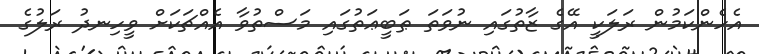
އެހެންކަމުން ރަލަކީ އޭގެ ޒާތުގައި ނުވަތަ ޠަބީޢަތުގައި މަސްތުވާ އެއްޗަކަށް ވީހިނދު ރަލުގެ